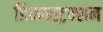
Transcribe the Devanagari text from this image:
डिकन्स्ट्रक्शन